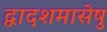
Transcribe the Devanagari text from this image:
द्वादशमासेषु